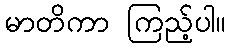
မာတိကာ ကြည့်ပါ။